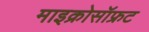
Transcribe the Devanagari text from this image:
माइक्रोसॉफ्रट